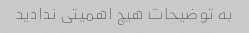
به توضیحات هیچ اهمیتی ندادید